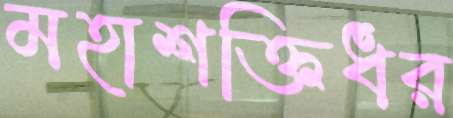
মহাশক্তিধর